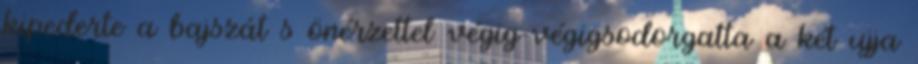
kipederte a bajszát s önérzettel végig-végigsodorgatta a két ujja